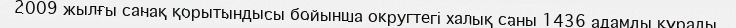
2009 жылғы санақ қорытындысы бойынша округтегі халық саны 1436 адамды құрады.